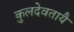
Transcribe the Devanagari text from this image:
कुलदेवतायै